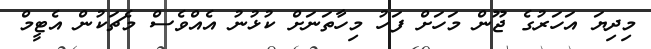
މިދިޔަ އަހަރުގެ ޖޫން މަހަށް ފަހު މިހާތަނަށް ކުޅުނު އެއްވެސް މެޗަކުން އެޓީމް